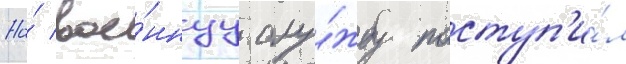
На́ вое́ннуу слу́жбу поступ'и́л